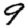
Digit: 9